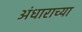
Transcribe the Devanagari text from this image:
अंधाराच्या